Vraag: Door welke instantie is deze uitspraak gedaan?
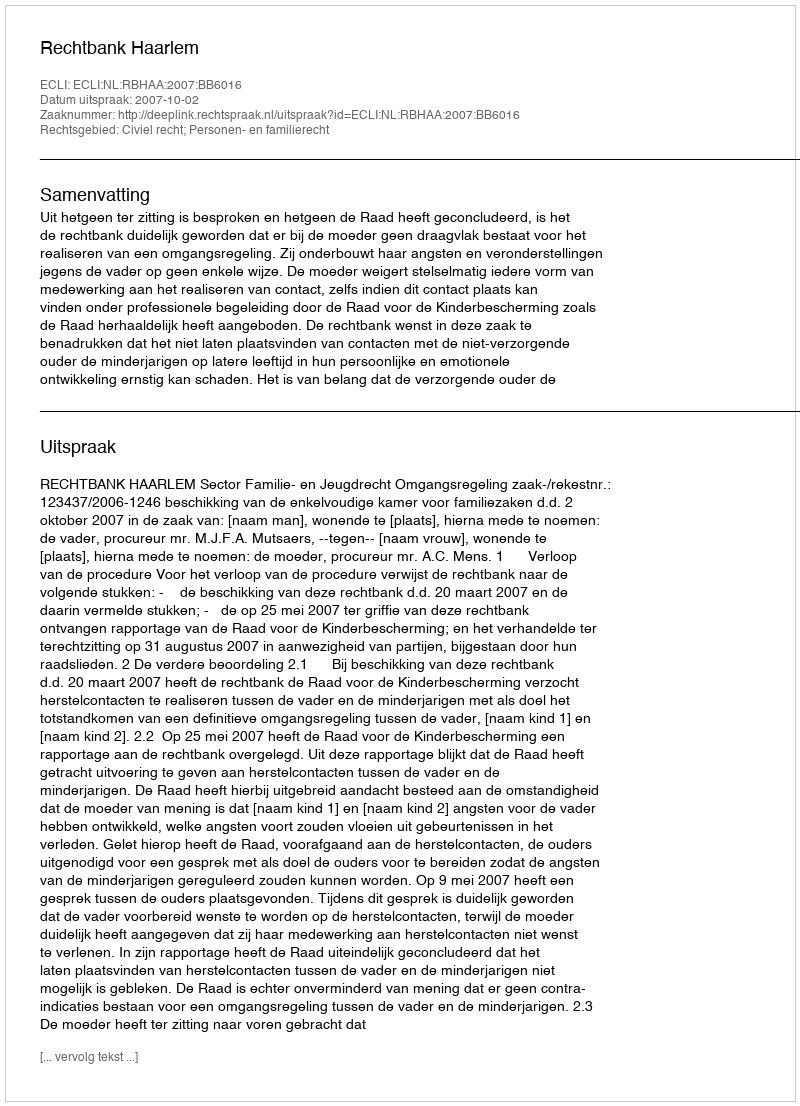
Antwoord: Rechtbank Haarlem